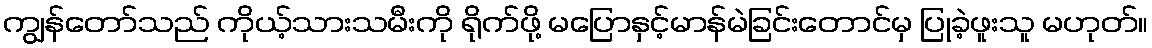
ကျွန်တော်သည် ကိုယ့်သားသမီးကို ရိုက်ဖို့ မပြောနှင့်မာန်မဲခြင်းတောင်မှ ပြုခဲ့ဖူးသူ မဟုတ်။